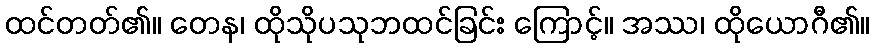
ထင်တတ်၏။ တေန၊ ထိုသိုပသုဘထင်ခြင်း ကြောင့်။ အဿ၊ ထိုယောဂီ၏။